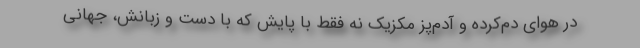
در هوای دم‌کرده و آدم‌پز مکزیک نه فقط با پایش که با دست و زبانش، جهانی